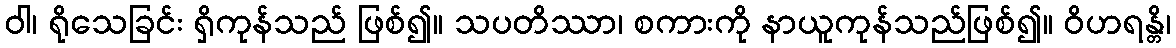
ဝါ၊ ရိုသေခြင်း ရှိကုန်သည် ဖြစ်၍။ သပတိဿာ၊ စကားကို နာယူကုန်သည်ဖြစ်၍။ ဝိဟရန္တိ၊